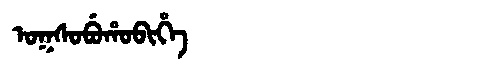
Manchu: ᠣᡴᠰᠣᠪᡠᡥᠣᠪᡳᡥᡝ
Romanization: OKSOBUHOBIHE